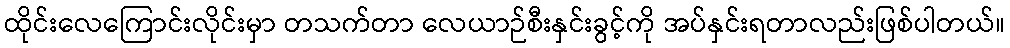
ထိုင်းလေကြောင်းလိုင်းမှာ တသက်တာ လေယာဉ်စီးနှင်းခွင့်ကို အပ်နှင်းရတာလည်းဖြစ်ပါတယ်။